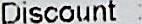
DISCOUNT :